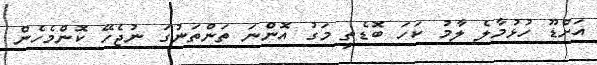
އަށްޑޫ ހުޅުމާލެ ލާމު ކަހަ ބޮޑެތި މަގު އޮންނަ ތަންތަނުގަ ނުޖެހޭ ކޮންމެހެން